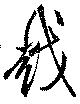
越